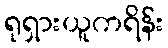
ရုရှားယူကရိန်း